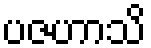
ပဇဟာသိ